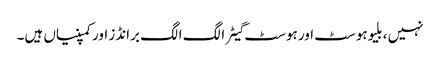
نہیں ، بلیوہوسٹ اور ہوسٹ گیٹر الگ الگ برانڈز اور کمپنیاں ہیں۔